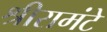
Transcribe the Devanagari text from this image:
श्रीरामंटे